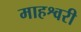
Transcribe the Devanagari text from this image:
माहश्वरी